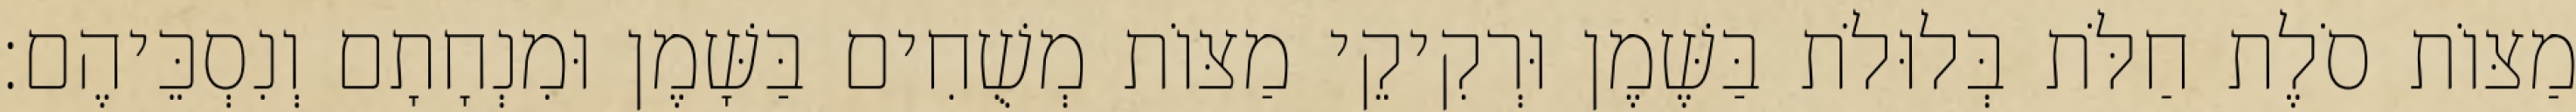
מַצּוֹת סֹלֶת חַלֹּת בְּלוּלֹת בַּשֶּׁמֶן וּרְקִיקֵי מַצּוֹת מְשֻׁחִים בַּשָּׁמֶן וּמִנְחָתָם וְנִסְכֵּיהֶם׃